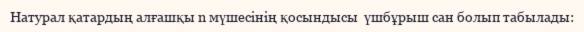
Натурал қатардың алғашқы n мүшесінің қосындысы  үшбұрыш сан болып табылады: